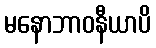
မနောဘာဝနီယာပိ